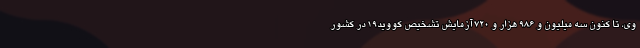
وی، تا کنون سه میلیون و ۹۸۶ هزار و ۷۲۰ آزمایش تشخیص کووید۱۹ در کشور